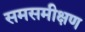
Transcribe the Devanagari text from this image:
समसमीक्षण